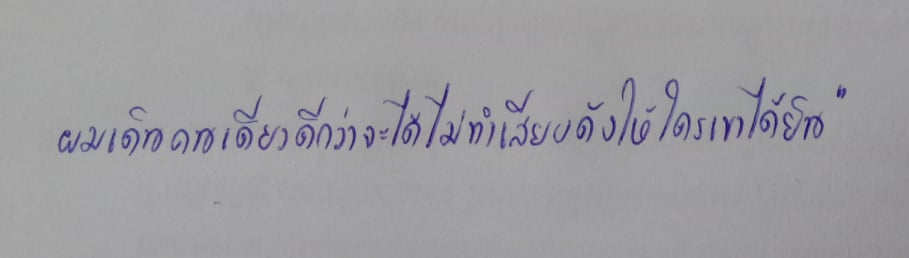
ผมเดินคนเดียวดีกว่าจะได้ไม่ทำเสียงดังให้ใครเขาได้ยิน"